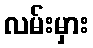
လမ်းမှား